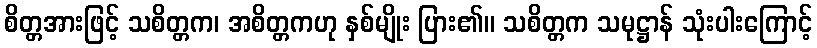
စိတ္တအားဖြင့် သစိတ္တက၊ အစိတ္တကဟု နှစ်မျိုး ပြား၏။ သစိတ္တက သမုဋ္ဌာန် သုံးပါးကြောင့်